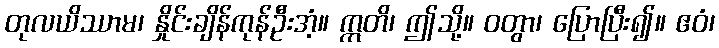
တုလယိဿာမ၊ နှိုင်းချိန်ကုန်ဦးအံ့။ ဣတိ၊ ဤသို့။ ဝတွာ၊ ပြောပြီး၍။ ဧဝံ၊